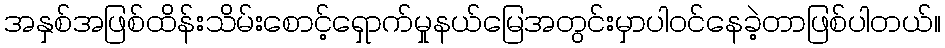
အနှစ်အဖြစ်ထိန်းသိမ်းစောင့်ရှောက်မှုနယ်မြေအတွင်းမှာပါဝင်နေခဲ့တာဖြစ်ပါတယ်။